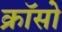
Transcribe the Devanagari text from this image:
क्रॉसो